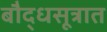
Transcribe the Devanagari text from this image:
बौद्धसूत्रात